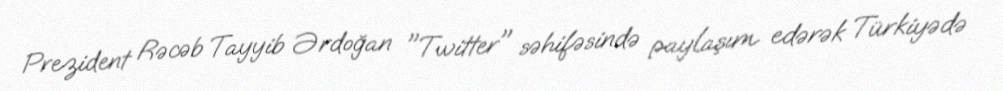
Prezident Rəcəb Tayyib Ərdoğan "Twitter" səhifəsində paylaşım edərək Türkiyədə